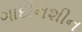
ગાદીનશીન